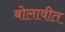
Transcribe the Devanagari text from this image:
बोलावीत